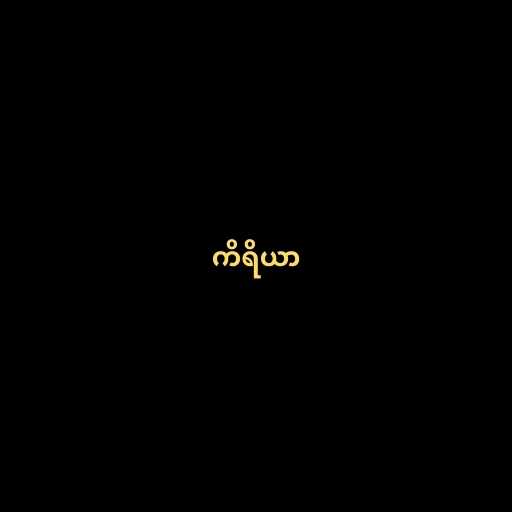
ကိရိယာ